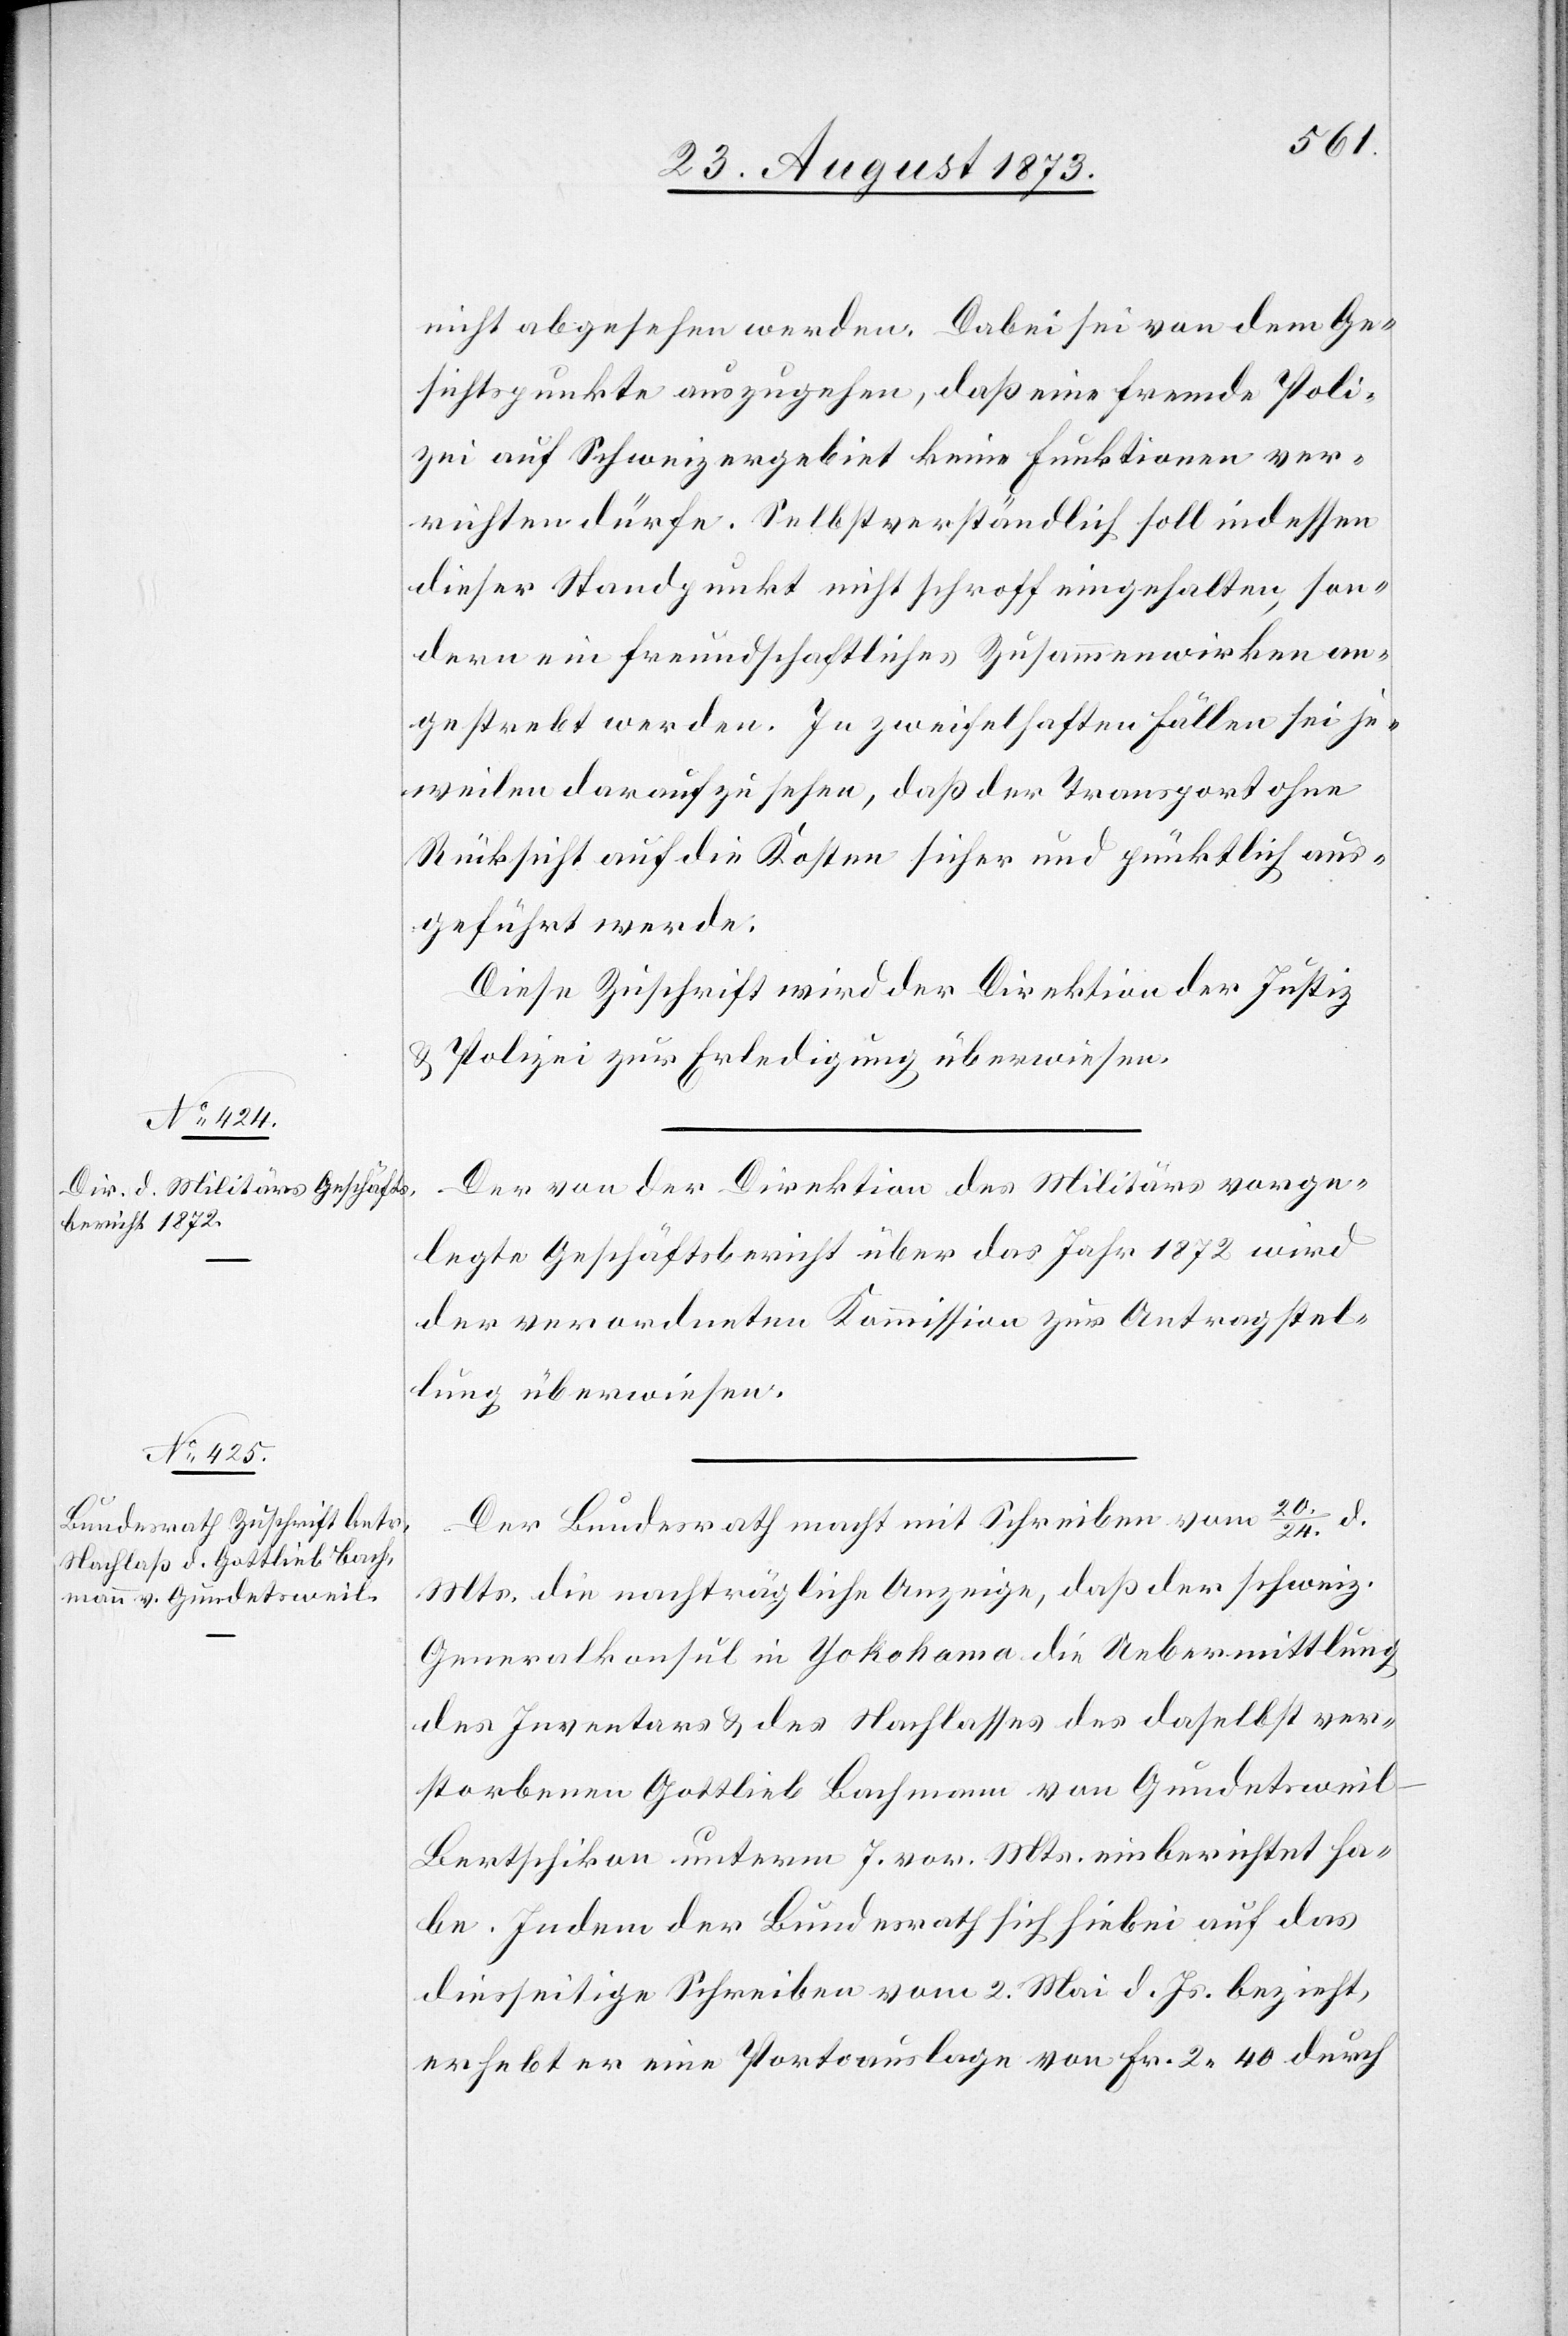
26. August 1873.]
nicht abgesehen werden. Dabei sei von dem Ge¬
sichtspunkte auszugehen, daß eine fremde Poli¬
zei auf Schweizergebiet keine Funktionen ver¬
richten dürfe. Selbstverständlich soll indessen
dieser Standpunkt nicht schroff eingehalten, son¬
dern ein freundschaftliches Zusammenwirken an¬
gestrebt werden. In zweifelhaften Fällen sei je¬
weilen darauf zu sehen, daß der Transport ohne
Rücksicht auf die Kosten sicher und pünktlich aus¬
geführt werde.
Diese Zuschrift wird der Direktion der Justiz
& Polizei zur Erledigung überwiesen.
Der von der Direktion des Militärs vorge¬
legte Geschäftsbericht über das Jahr 1872 wird
der verordneten Kommission zur Antragstel¬
lung überwiesen.
Der Bundesrath macht mit Schreiben vom 20./24. d.
Mts. die nachträgliche Anzeige, daß der schweiz.
Generalkonsul in Yokohama die Uebermittlung
des Inventars & des Nachlasses des daselbst ver¬
storbenen Gottlieb Bachmann von Gundetswei¬
l-Bertschikon unterm 7. vor. Mts. einberichtet ha¬
be. Indem der Bundesrath sich hiebei auf das
diesseitige Schreiben vom 2. Mai d. Js. bezieht,
erhebt er eine Portoauslage von Fr. 2 40 durch